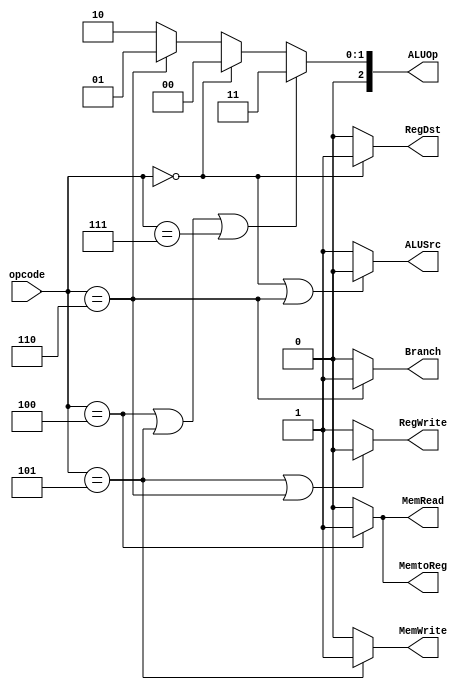
`timescale 1ns / 1ps

module ControlUnit
	(
	input [5:0] opcode,
	output RegDst,
	output ALUSrc,
	output MemtoReg,
	output RegWrite,
	output MemRead,
	output MemWrite,
	output Branch,
	output [2:0] ALUOp
    );
	 
	assign RegDst = (opcode == 6'b000000) ? 1'b1 : 1'b0;
	assign ALUSrc = (opcode == 6'b000000 || opcode == 6'b000110) ? 1'b0 : 1'b1;
	assign MemtoReg = (opcode == 6'b000100) ? 1'b1 : 1'b0;
	assign RegWrite = (opcode == 6'b000101 || opcode == 6'b000110) ? 1'b0 : 1'b1;
	assign MemRead = (opcode == 6'b000100) ? 1'b1 : 1'b0;
	assign MemWrite = (opcode == 6'b000101) ? 1'b1 : 1'b0;
	assign Branch = (opcode == 6'b000110) ? 1'b1 : 1'b0;
	assign ALUOp = (opcode == 6'b000100 || opcode == 6'b000101 || opcode == 6'b000111) ? 3'b011 : 
						(opcode == 6'b000000) ? 3'b000 : 
						(opcode == 6'b000110) ? 3'b001 : 3'b010;
	


endmodule